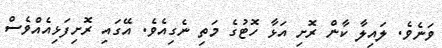
ވަނެވެ. ލައިލާ ކާން ރޮށި އަޅާ ހޮޓުގެ މަތި ނެގިއެވެ. އޭގައި ރޮށިފަޅިއެއްވެސް